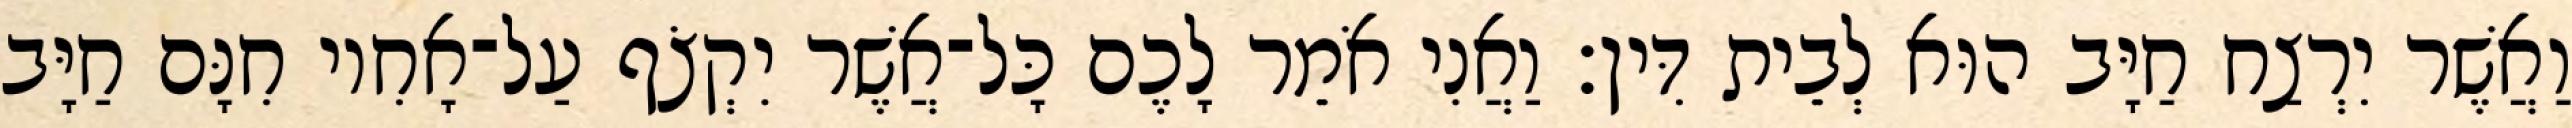
וַאֲשֶׁר יִרְצַח חַיָּב הוּא לְבֵית דִּין׃ וַאֲנִי אֹמֵר לָכֶם כָּל־אֲשֶׁר יִקְצֹף עַל־אָחִיו חִנָּם חַיָּב